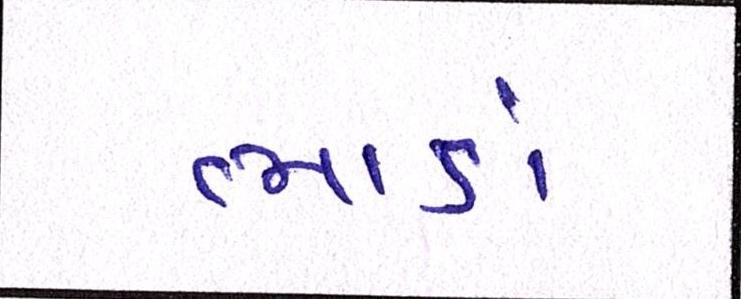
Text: ભાડાં